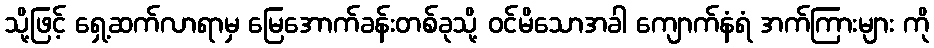
သို့ဖြင့် ရှေ့ဆက်လာရာမှ မြေအောက်ခန်းတစ်ခုသို့ ဝင်မိသောအခါ ကျောက်နံရံ အက်ကြားများ ကို